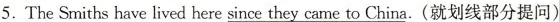
5. The Smiths have lived here_ since they came to China.(就划线部分提问)